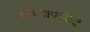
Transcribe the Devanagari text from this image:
प्राध्यापकीही